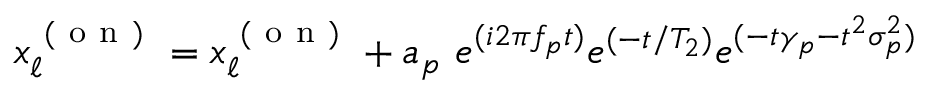
x _ { \ell } ^ { \mathrm { ~ ( ~ o ~ n ~ ) ~ } } = x _ { \ell } ^ { \mathrm { ~ ( ~ o ~ n ~ ) ~ } } + a _ { p } \ e ^ { ( i 2 \pi f _ { p } t ) } e ^ { ( - t / T _ { 2 } ) } e ^ { ( - t \gamma _ { p } - t ^ { 2 } \sigma _ { p } ^ { 2 } ) }